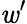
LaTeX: \mathit{w}^{\prime}